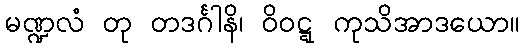
မဏ္ဍလံ တု တဒင်္ဂါနိ၊ ဝိဝဋ္ဋ ကုသိအာဒယော။